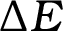
\Delta E